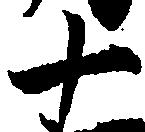
十